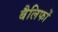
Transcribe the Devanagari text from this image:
बैलिफों